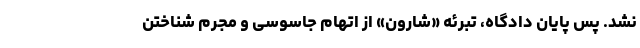
نشد. پس پایان دادگاه، تبرئه «شارون» از اتهام جاسوسی و مجرم شناختن